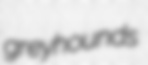
greyhounds